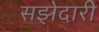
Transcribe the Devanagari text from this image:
सझेदारी